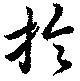
掄